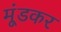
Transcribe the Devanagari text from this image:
मूंडकर